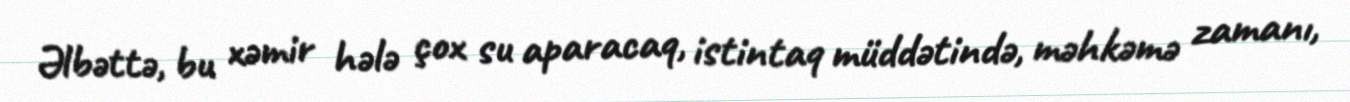
Əlbəttə, bu xəmir hələ çox su aparacaq, istintaq müddətində, məhkəmə zamanı,